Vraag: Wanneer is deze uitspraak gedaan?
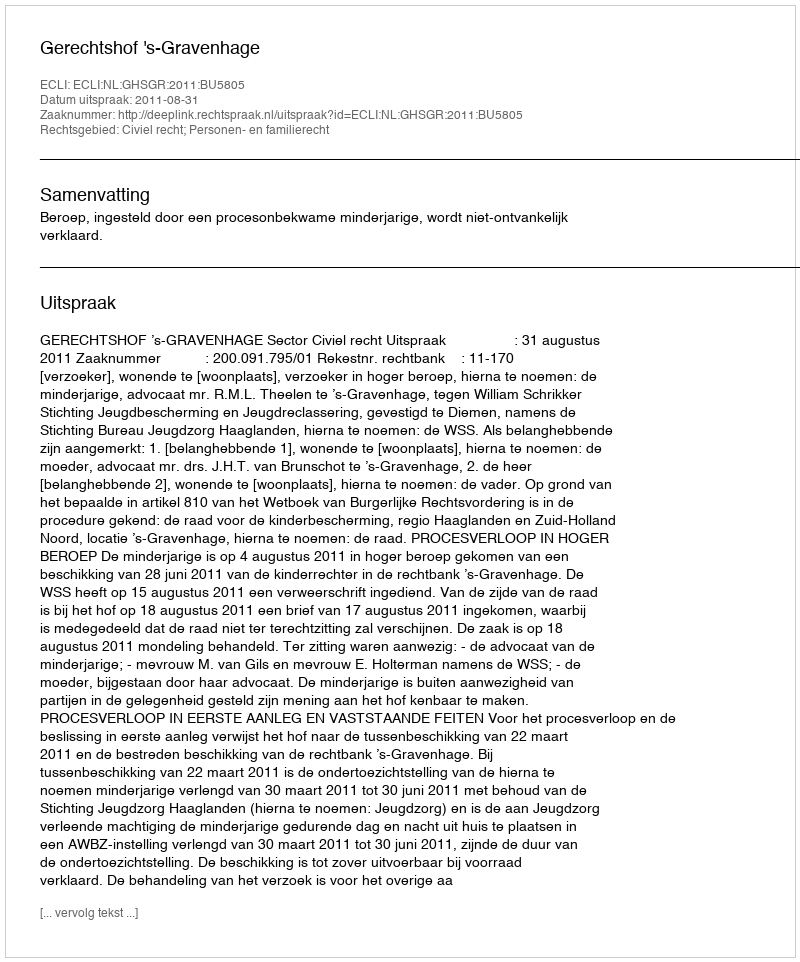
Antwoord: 2011-08-31